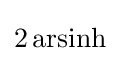
{\textstyle 2\operatorname {arsinh} }